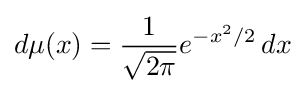
d\mu (x)={\frac {1}{\sqrt {2\pi }}}e^{-x^{2}/2}\,dx